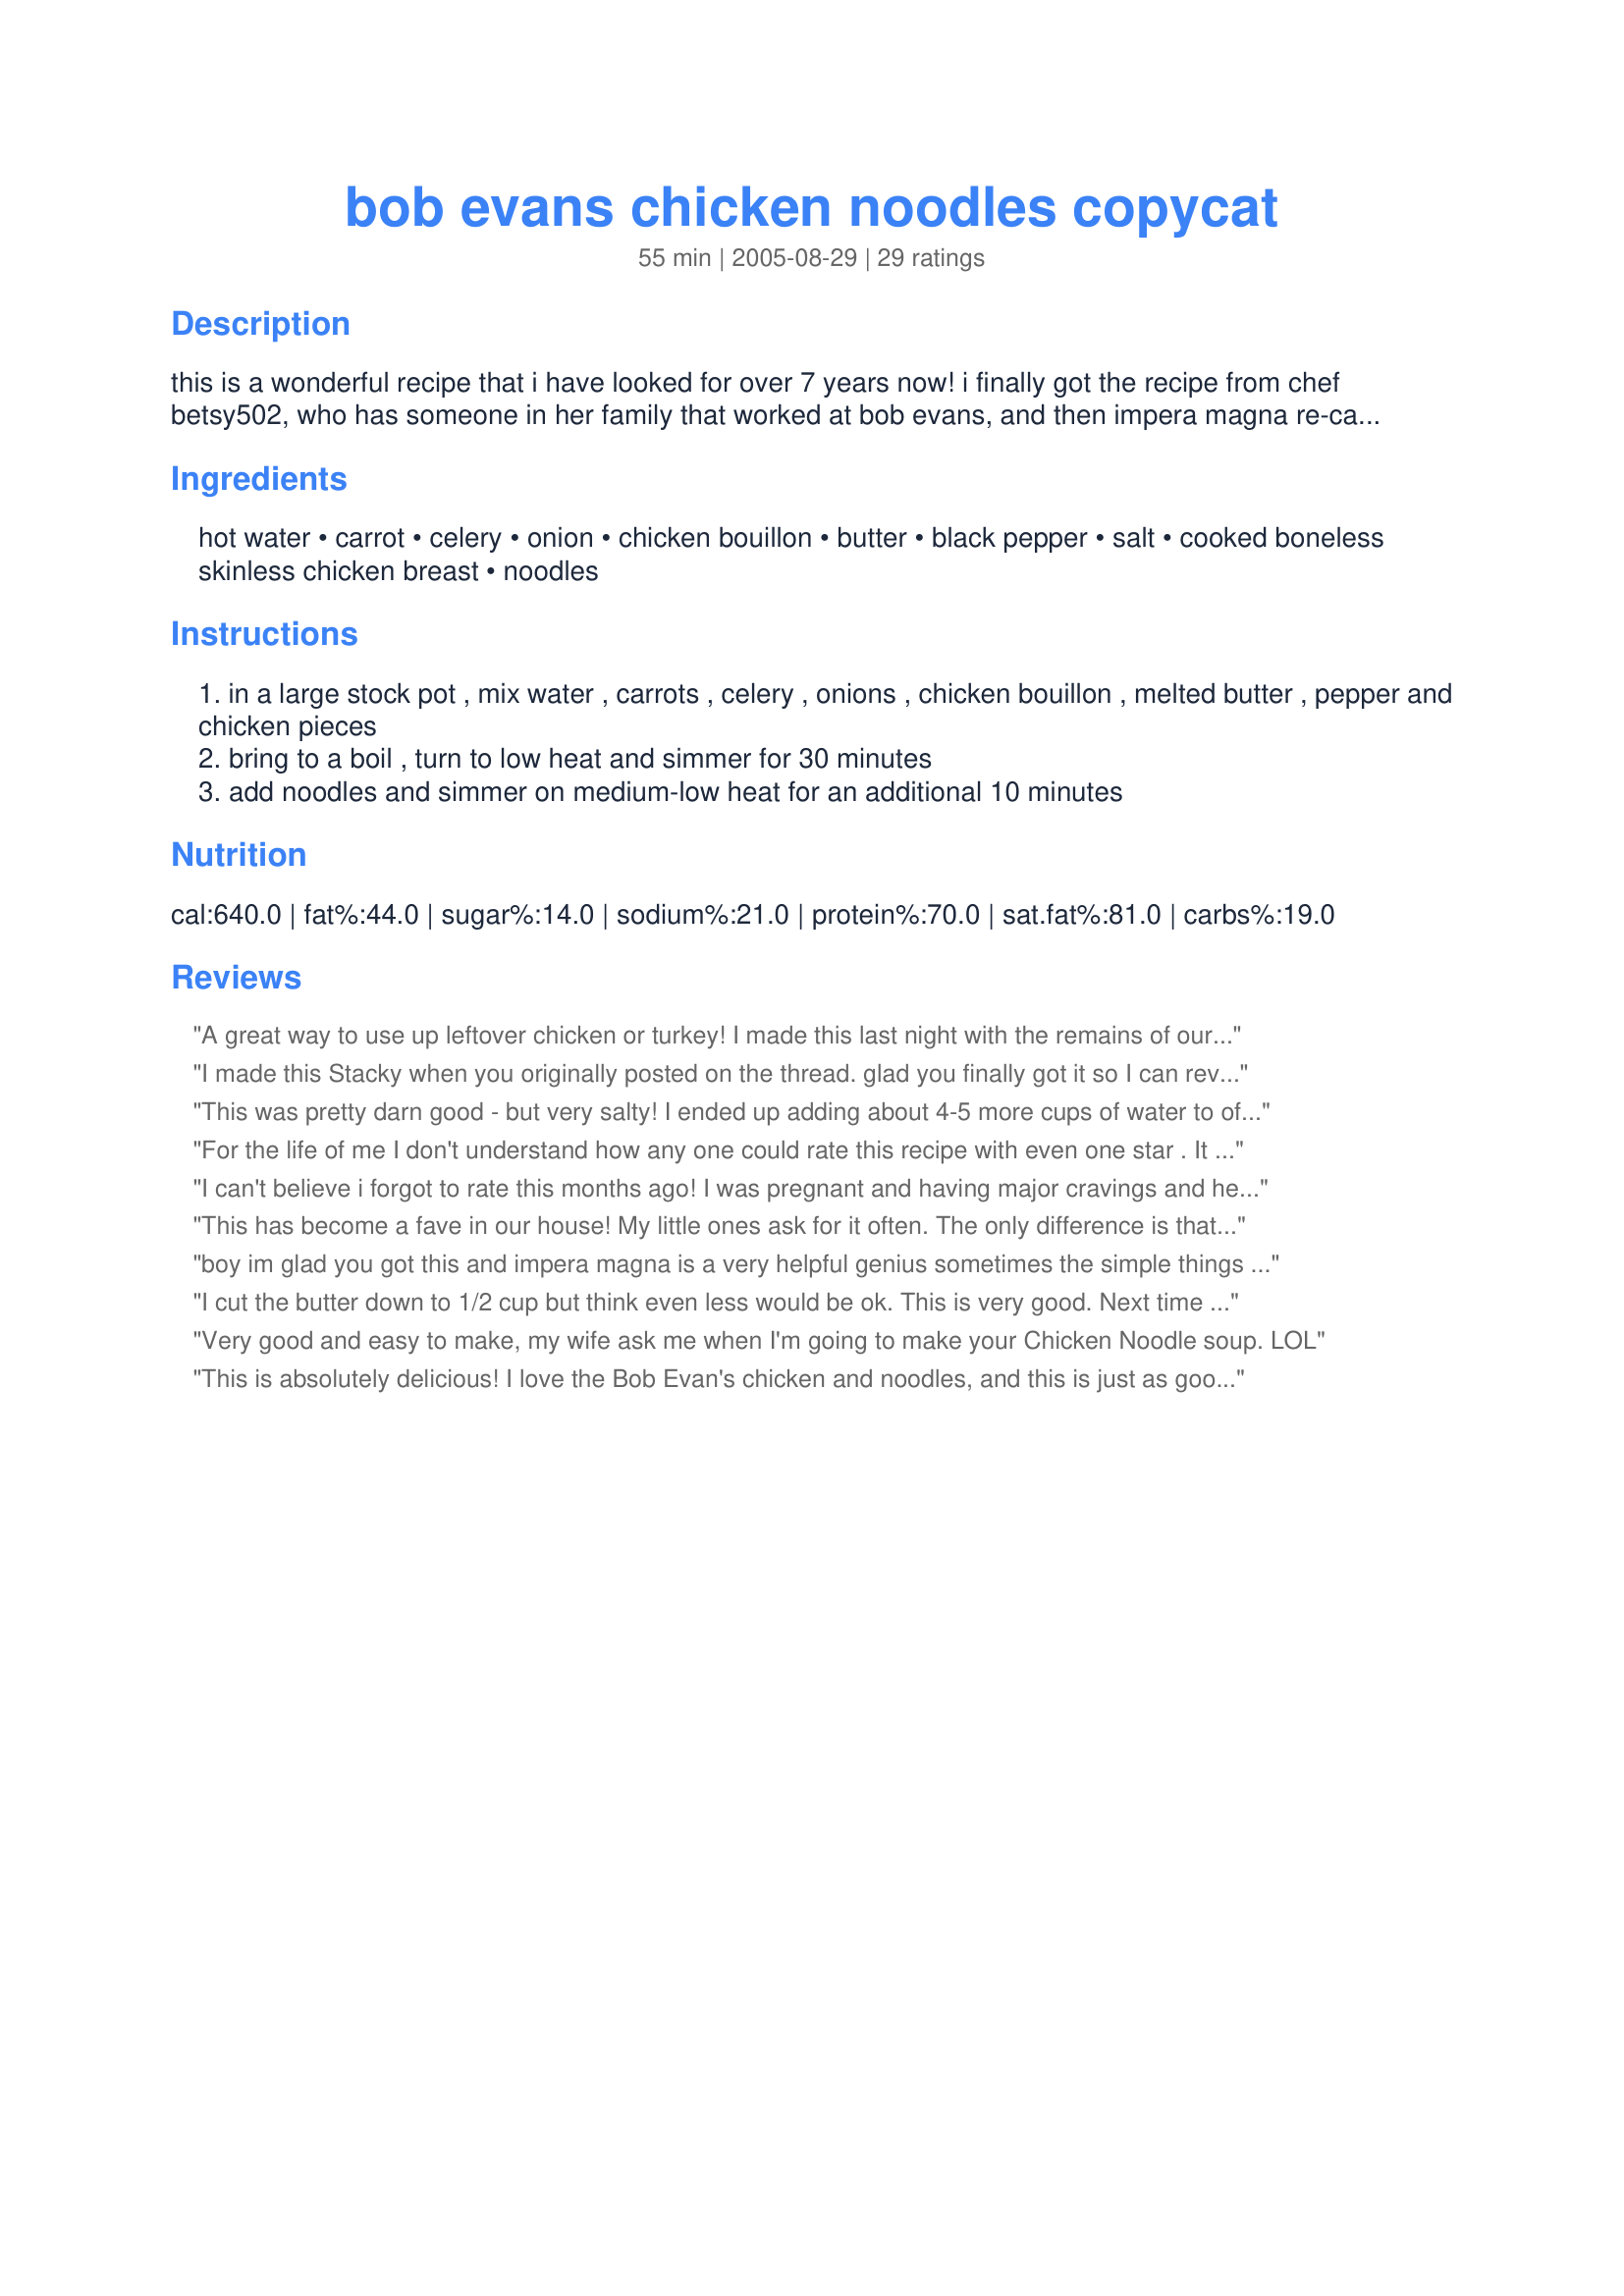
bob evans chicken noodles copycat
Preparation time: 55 minutes

this is a wonderful recipe that i have looked for over 7 years now! i finally got the recipe from chef betsy502, who has someone in her family that worked at bob evans, and then impera magna re-calculated all of the ingredients to make it a home-cooked meal for my family! yay for the chefs here on zaar! this is so good! such comfort food, i simply can't explain! enjoy! (and thank you so much, betsy502 and impera magna for helping me achieve my dream recipe!) :)

Ingredients:
hot water, carrot, celery, onion, chicken bouillon, butter, black pepper, salt, cooked boneless skinless chicken breast, noodles

Steps:
in a large stock pot , mix water , carrots , celery , onions , chicken bouillon , melted butter , pepper and chicken pieces
bring to a boil , turn to low heat and simmer for 30 minutes
add noodles and simmer on medium-low heat for an additional 10 minutes

Reviews:
A great way to use up leftover chicken or turkey! I made this last night with the remains of our Thanksgiving bird. Used about 6 1/2 cups of water total, and per some other reviews made a roux of butter (only 1/4 cup) and Wondra flour before adding the poultry, veggies and seasonings. I did add about 1 1/2 tsp of onion powder since I had no onions on hand and about 1/2 tsp of ground sage. My soup base was a refrigerated variety. After a half hour of simmering I put in the noodles and probably cooked another 20 minutes, rather than 10, to get a noodle consistency we liked. With this amount of water, and the roux, plus another shake of Wondra flour part way through, this thickened nicely. Note that I didn't add any salt since the soup base was salty and I used salted butter. We've got some yummy leftovers to enjoy now. Made this for Stacky's memorial cook-a-thon. Rest in peace angel kitten!
I made this Stacky when you originally posted on the thread. glad you finally got it so I can review it! This is a great recipe, very much like the orginal Bob Evans, esp with the thick noodles. It is a great soup with the addition of a little more water and an even better noodle dish with it thickened slightly. Thanx for the post, this is one that will be made lots this winter!!
This was pretty darn good - but very salty! I ended up adding about 4-5 more cups of water to off set the salt - and I only put in about 3/4 of the salt that the recipe called for. It could have been that we can only get salted butter out here...I also only put 1/4 cup of the butter - otherwise - Yummy!
For the life of me I don't understand how any one could rate this recipe with even one star . It was bland and I mean BLAND !!! I gave it a chance and made it exactly as the recipe said to . Don't waste your time on this one .
I can't believe i forgot to rate this months ago! I was pregnant and having major cravings and here was my favorite chicken & noodles! Thanks so much for posting i enjoyed it then (so did my little girl) and i'm sure will enjoy it again tonight since i HAVE to!
This has become a fave in our house! My little ones ask for it often. The only difference is that I cook mine in my crock pot. I use chicken that I have poatched and tken off the bone and add it to everything else then bout 45 mins to an hour before dinner I drop in the noodles ( I use a bg and half) and we are ready for a hot and yummy dinner served with a tossed salad and dinner rolls. Can't wait to have this again soon!
boy im glad you got this and impera magna is a very helpful genius sometimes the simple things are thee best dee
I cut the butter down to 1/2 cup but think even less would be ok. This is very good. Next time I may leave out about 1 cup of water or add a thickener.
Very good and easy to make, my wife ask me when I'm going to make your Chicken Noodle soup. LOL
This is absolutely delicious! I love the Bob Evan's chicken and noodles, and this is just as good as any I have ever had there. It's especially nice for me since there are no Bob Evan's restaurants in my area, and now I can get my chicken and noodles fix right here at home! Real comfort food; just perfect for chilly weather. It was easy to prepare, too. I followed the recipe exactly and wouldn"t change a thing. My husband loved it too, and he is not a big soup fan. Thanks for a great recipe!
Chicken and Noodles is one of my kids' favorites and they've proclaimed this the BEST. The Reames noodles just make the dish. I did sub some chicken broth for the water (still used the soup base too) and threw in some instant potato flakes at the end to thicken it. Will definitely make this again and again. Thanks for posting!
This was as close as it gets. I added a little tumeric to get the characteristic yellow of the broth. If you have more time roll out your own noodles for a real down home meal.
Really good flavor; I used the water I cooked the chicken in, added 1 can chicken broth and chicken bouillon as per recipe. Loved the crock pot idea as posted by Sarah and Little Ones, but failed to note she added noodles 45 min before serving...I added mine in AM before I headed out to work...DON'T DO THIS!!! Noodles get toooo soggy! Next time I will do the crock pot, but add noodles when I get home. 45min to 1hr is just about how much time I need to unwind and get organized to eat anyway.
Thought this was pretty good. I cooked it in the crock pot and cut the recipe in half. Since there weren't any herbs I decided to throw in a bay leaf or two and some other herbs that are common in chicken noodle soup
I liked this recipe so much, I had to become a member just to rate it. I cut the raw chicken in cubes and browned it in the pan first with some of the butter and the onions, then added the other ingredients and cooked as directed. After cooking, I removed from heat and added about 3/4 cup of cream. I was tempted to use less water because I like a thick broth, but found the noodles needed the extra water to soften properlyl.
Sorry,but this is not what I call chicken and noodles. All the carrot,celery,onions just didn&#039;t seem to add any flavor (and I used chicken broth instead of water).&lt;br/&gt;I think just following the instructions on the Rheames noodle package makes a better dish. I think this is far too watery and has very little flavor. Maybe Bob Evans doesn&#039;t give out the correct ingredients, but I am sticking to my own &quot;home recipe&quot; from now on.
Made this last night for DH who is sick, just added a bit more boullion, water & garlic..we just don't eat w/o it! Yummy, definite keeper! Thanks for posting, Stacky.
Love this recipe!
Thanks for
submitting it!
We really loved this. I did make a few modifications, just based on how my Mom makes chicken and noodles. I added 2 cans of cream of chicken soup thinned with a little milk, some parsley, poultry seasoning, black pepper and garlic powder. I used a bag and a half of noodles. It was awesome!!! My 10 year old niece ate 3 whole bowls. (I don't know where she puts it...she's skinny as twig!) Thanks for the recipe!!!
At first I thought this was close to another recipe I had posted,difference being veggies and butter, but Boy it was great. I did put more butter and had our girl and her husband stop in and they loved it too.. This will be made over and over. Thank you for a awesome recipe. Comfort food at it's best..
:)
faith58
This had a great comfort food flavor. I found the recipe to be a bit too watery, so the 2nd time I made it I reduced the recipe to 8 cups of water. I also melted the butter in the bottom of the pan and added 4T of flour to create a rue. I added the other ingredients after the thin paste formed. I also found I needed to cook the noodles 20-30 minutes instead of 10 minutes as the recipe calls. Family favorite, I make this again and again.
We love the chicken and noodles, it is so good in the deep dish meal which is over a biscuit and mashed potatoes. I will later when I have made it, I am sure it will be a 5 star.
This was the best chicken noodle soup and it tastes just like the real thing. I would give it more than 5 stars if I could.
I made this for my kids and it was a big hit. My 4 year old likes broth, and of course this doesn't make much, but she didn't rally complain all that much. Our 1 year old enjoyed it, too. I ended up using Amish Farmer noodles, which were great. I think I may try adding up to a cup of half and half next time to make it even yummier. Thanks for posting!
We love the Bob Evans recipe called Chicken & Noodles Dinner, so I wanted to make it at home. Found this recipe and have modified it over time to fit my large table requirements (5 people eats like 10!). To make it slightly thicker than just broth, I do the roux - cook the onions & celery in butter, then add the flour. I will also use chicken stock instead of all water. In addition, I will add a can of chicken & herb condensed soup to the recipe so it will sit a little thicker on the mashed potatoes and buttermilk bisquit. I have also added fresh parsley, sage and marjoram near the end of cooking. For Thanksgiving leftovers, I cooked the veggies and broth with the biggest turkey bones for an hour before taking them out and adding the dark meat leftover turkey. YUM!
This was definitely better the next day. I boiled a whole chicken and used the meat from it, instead of using chicken breasts. More work, but definitely added great flavor. Will definitely make again! :) Thanks for posting
Very quick and easy to make, and it makes a lot! It was the perfect recipe to use up a bunch of cooked and frozen chicken breasts I had in the freezer and very economical. The noodles were good, dipping French bread in the sauce-soup was even better! Next time I would also either cut down on liquid or thicken it up a bit.
I loved this! I did make a few changes, so I hope that's ok :) First off, I used 2 cans of reduced sodium chicken broth plus enough water to make about 9 cups of liquid. Then I only used a little less than 2 teaspoons of chicken bouillon (personal preference as I'm not overly fond of salt). Also used only 2 tablespoons of butter (actually margarine) instead of 3/4 cup. This is the first time I've ever used Reame's frozen noodles. Although they are quite a different texture from my usual bagged dry noodles (like Muellers or No Yolks), I really liked them. It's cold here today and this dish, along with some rolls, made a fabulous dinner for my family and me. Thank you Stacky!
This one was a hit. The Reames noodles definitely make the difference. I used one cup less water and first made a roux with 4T of Wondra flour to thicken it up a bit. Next time I will cut back to 7 cups of water 'cause it was still not as thick as I liked. Also cut back to 1/2C butter.
